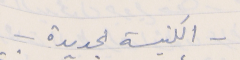
- الكنيسة الجديدة -